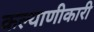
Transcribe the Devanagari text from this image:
कल्याणीकारी